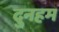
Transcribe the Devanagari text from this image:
दुनहम